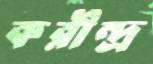
করীন্দ্র